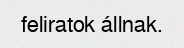
feliratok állnak.